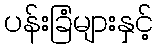
ပန်းခြံများနှင့်